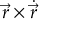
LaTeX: { \vec { r } } \times { \dot { \vec { r } } }